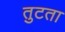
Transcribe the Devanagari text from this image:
तुटता